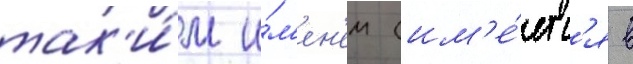
так'и́м и́м'ен'ем (им'е́етс'я в